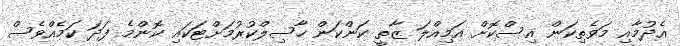
އެދުމާއި މަވެތިކަން އިސްކޮށް އަމިއްލަ ޒާތީ ކަންކަން ހާސިލްކުރުމަށްޓަކައި ކޮންމެ ފަދަ ކަމެއްވެސް